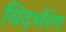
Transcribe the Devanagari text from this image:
विदर्भरंग